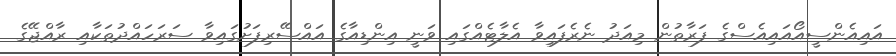
އައިއެންސީއޯއައިއެސްގެ ފަރާތުން މިއަދު ނެރެފައިވާ އެލާޓެއްގައި ވަނީ އިންޑިއާގެ އައްސޭރިފަށުގައިވާ ސަރަހައްދުތަކާއި ރާއްޖޭގެ